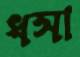
ধসা